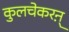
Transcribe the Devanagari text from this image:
कुलचेकरऩ्